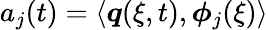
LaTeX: a_{j}(t)=\langle\boldsymbol{q}(\xi,t),\boldsymbol{\phi}_{j}(\xi)\rangle